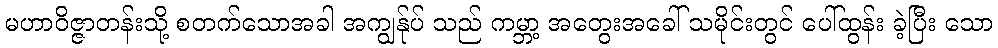
မဟာဝိဇ္ဇာတန်းသို့ စတက်သောအခါ အကျွန်ုပ် သည် ကမ္ဘာ့ အတွေးအခေါ် သမိုင်းတွင် ပေါ်ထွန်း ခဲ့ပြီး သော